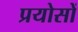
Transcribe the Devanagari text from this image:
प्रयोसों